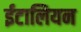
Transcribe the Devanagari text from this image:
ईटालियन